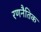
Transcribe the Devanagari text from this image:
रणनैतिक